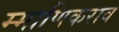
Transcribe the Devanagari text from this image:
म्माणिकराव